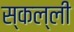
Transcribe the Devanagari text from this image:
स्कल्ली